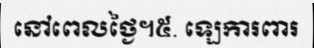
នៅពេលថ្ងៃ។៥. ឡេការពារ